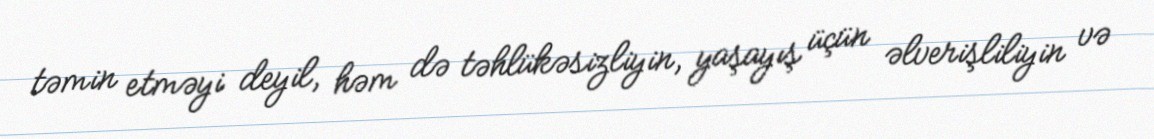
təmin etməyi deyil, həm də təhlükəsizliyin, yaşayış üçün əlverişliliyin və